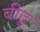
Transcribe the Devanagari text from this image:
बीठू